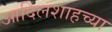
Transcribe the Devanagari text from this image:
आदिलशाहच्या